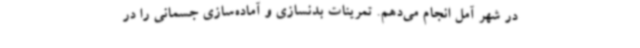
در شهر آمل انجام می‌دهم. تمرینات بدنسازی و آماده‌سازی جسمانی را در